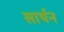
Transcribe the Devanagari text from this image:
सार्थन